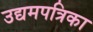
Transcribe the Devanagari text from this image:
उद्यमपत्रिका